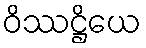
ဝိဿဋ္ဌိယေ